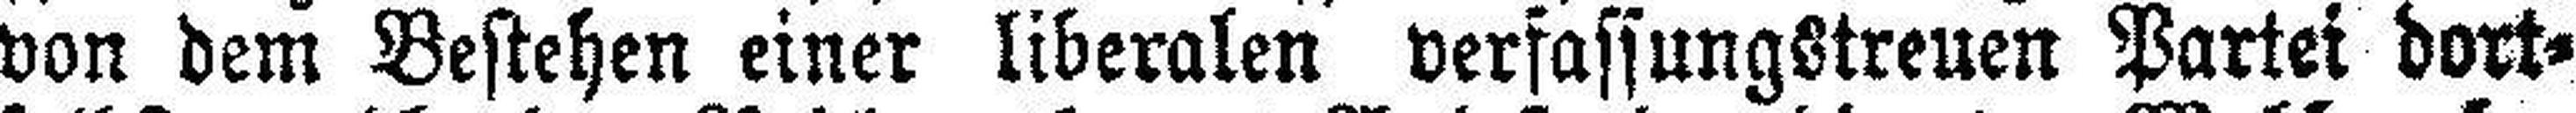
von dem Bestehen einer liberalen verfassungstreuen Partei dort¬